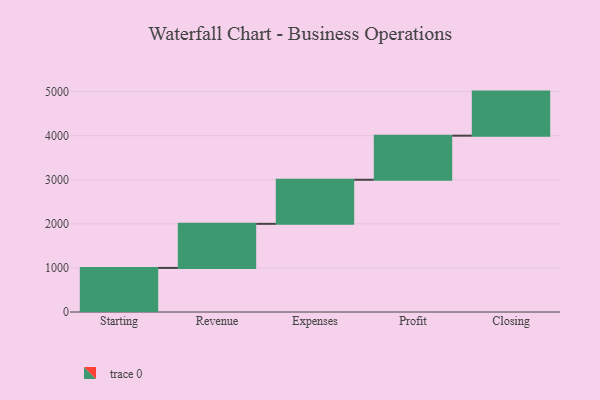
{"axis": {"x": "Step", "y": "Value"}, "legend": [""], "data": [{"x": "Starting", "y": 1000, "type": ""}, {"x": "Revenue", "y": 1000, "type": ""}, {"x": "Expenses", "y": 1000, "type": ""}, {"x": "Profit", "y": 1000, "type": ""}, {"x": "Closing", "y": 1000, "type": ""}]}